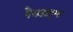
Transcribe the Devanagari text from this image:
पैराडाइम्स